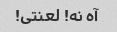
آه نه! لعنتی!